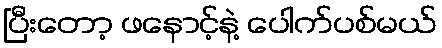
ပြီးတော့ ဖနောင့်နဲ့ ပေါက်ပစ်မယ်